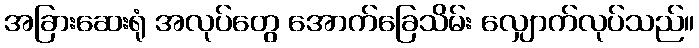
အခြားဆေးရုံ အလုပ်တွေ အောက်ခြေသိမ်း လျှောက်လုပ်သည်။